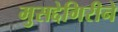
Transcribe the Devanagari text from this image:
मुसद्देगिरीने